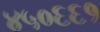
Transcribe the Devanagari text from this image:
४५०६६१